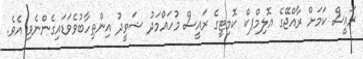
ރައީސް ކަމަށް ރާއްޖޭގެ އޮލިމްޕކް ކޮމިޓީގެ ރައީސް މުހައްމަދު ޝަވީދު އިންތިހާބުވެވަޑައިގެންނެވި އެވެ.